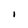
Character: I